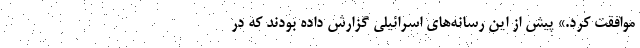
موافقت کرد.» پیش از این رسانه‌های اسرائیلی گزارش داده بودند که در